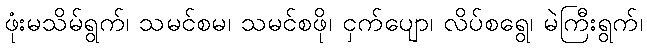
ဖုံးမသိမ်ရွက်၊ သမင်စမ၊ သမင်စဖို၊ ငှက်ပျော၊ လိပ်စရွေ၊ မဲကြီးရွက်၊